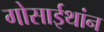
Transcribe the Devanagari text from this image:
गोसाईथांन